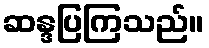
ဆန္ဒပြကြသည်။